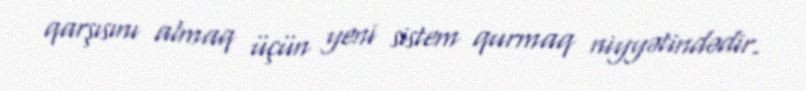
qarşısını almaq üçün yeni sistem qurmaq niyyətindədir.